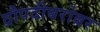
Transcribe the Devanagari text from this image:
द्रौपदीबरोबर